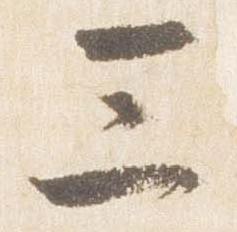
三